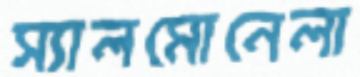
স্যালমোনেলা